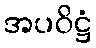
အပဝိဋ္ဌံ